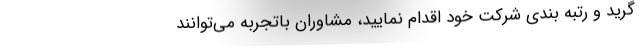
گرید و رتبه بندی شرکت خود اقدام نمایید، مشاوران باتجربه می‌توانند